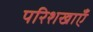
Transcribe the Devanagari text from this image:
परिशखाएँ